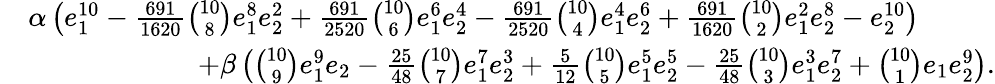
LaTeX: \begin{array}{rl}&{\alpha\left(e_{1}^{10}-\frac{691}{1620}\binom{10}8e_{1}^{8}e_{2}^{2}+\frac{691}{2520}\binom{10}6e_{1}^{6}e_{2}^{4}-\frac{691}{2520}\binom{10}4e_{1}^{4}e_{2}^{6}+\frac{691}{1620}\binom{10}2e_{1}^{2}e_{2}^{8}-e_{2}^{10}\right)}\\ &{\qquad\qquad\qquad+\beta\left(\binom{10}9e_{1}^{9}e_{2}-\frac{25}{48}\binom{10}7e_{1}^{7}e_{2}^{3}+\frac 5{12}\binom{10}5e_{1}^{5}e_{2}^{5}-\frac{25}{48}\binom{10}3e_{1}^{3}e_{2}^{7}+\binom{10}1e_{1}e_{2}^{9}\right).}\end{array}